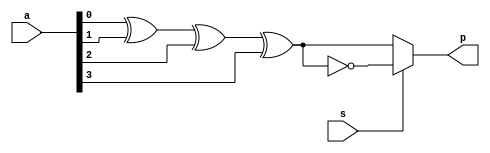
`timescale 1ns / 1ps
//////////////////////////////////////////////////////////////////////////////////
// Company: 
// Engineer: 
// 
// Design Name: 
// Module Name: parity
// Project Name: 
// Target Devices: 
// Tool Versions: 
// Description: 
// 
// Dependencies: 
// 
// Revision:
// Revision 0.01 - File Created
// Additional Comments:
// 
//////////////////////////////////////////////////////////////////////////////////


module parity(
    input [4:0] a,
    input s,
    output reg p
    
    );
    
    
    always @(*)
    begin
   
    if(s==0)
    begin
    p=a[0]^a[1]^a[2]^a[3];
    end
    else
    begin
    p=~(a[0]^a[1]^a[2]^a[3]);
    end
    end
endmodule